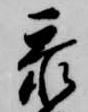
忝